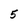
Character: 5